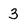
Character: 3